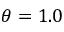
\theta = 1 . 0